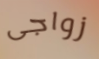
زواجى